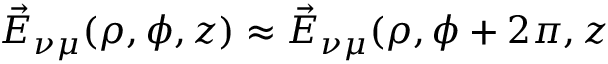
\vec { E } _ { \nu \mu } ( \rho , \phi , z ) \approx \vec { E } _ { \nu \mu } ( \rho , \phi + 2 \pi , z